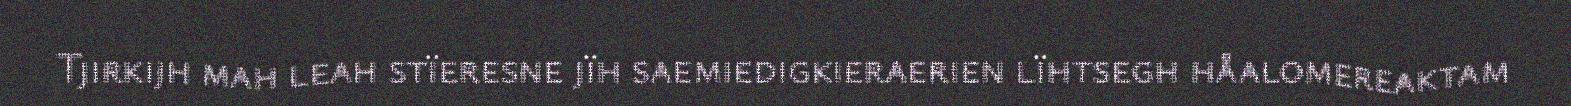
Tjirkijh mah leah stïeresne jïh saemiedigkieraerien lïhtsegh håalomereaktam